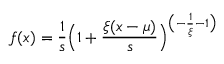
f ( x ) = { \frac { 1 } { s } } { \Bigl ( } 1 + { \frac { \xi ( x - \mu ) } { s } } { \Bigr ) } ^ { { \bigl ( } - { \frac { 1 } { \xi } } - 1 { \bigr ) } }